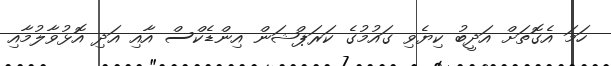
ހަމަ އެގޮތަށް އަދީބު ކިޔެވި ގައުމުގެ ކަރަޕްޝަން އިންޑެކްސް އާއި އަދި އޮޅުވާލުމާއި